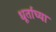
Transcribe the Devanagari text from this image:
धूर्तांच्या